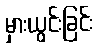
မှားယွင်းခြင်း